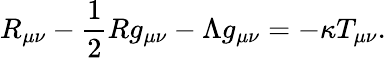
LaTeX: R_{\mu\nu}-{\frac{1}{2}}Rg_{\mu\nu}-\Lambda g_{\mu\nu}=-\kappa T_{\mu\nu}.